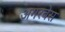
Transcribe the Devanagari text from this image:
अगरवेस